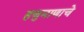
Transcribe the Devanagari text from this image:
हणुमाणाचे